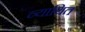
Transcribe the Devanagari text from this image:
व्याथित